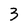
Character: 3